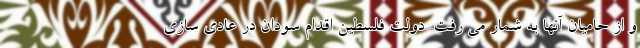
و از حامیان آنها به شمار می رفت. دولت فلسطین اقدام سودان در عادی سازی